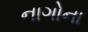
નાગોના